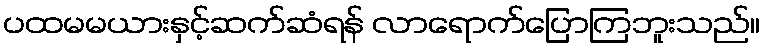
ပထမမယားနှင့်ဆက်ဆံရန် လာရောက်ပြောကြဘူးသည်။